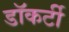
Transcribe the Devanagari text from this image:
डॉकर्टी